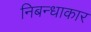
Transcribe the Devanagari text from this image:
निबन्धाकार